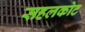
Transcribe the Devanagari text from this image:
सहलकोट